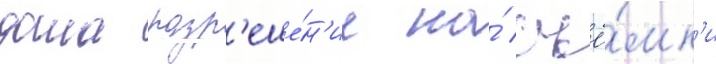
дала разр'еше́н'ие на́ съё́мк'и